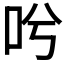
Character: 𠯋